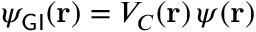
\psi _ { \sf G I } ( { \bf { r } } ) = V _ { \cal { C } } ( { \bf { r } } ) \, \psi ( { \bf { r } } )